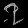
Digit: ၇